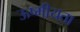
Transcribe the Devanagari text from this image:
ऊष्मीयता